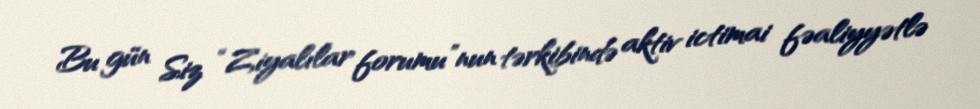
Bu gün Siz “Ziyalılar forumu”nun tərkibində aktiv ictimai fəaliyyətlə